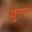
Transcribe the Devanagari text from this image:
बुल्जे